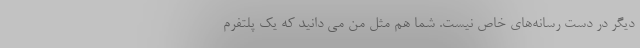
دیگر در دست رسانه‌های خاص نیست. شما هم مثل من می دانید که یک پلتفرم